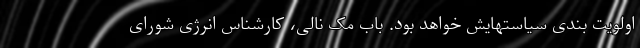
اولویت بندی سیاستهایش خواهد بود. باب مک نالی، کارشناس انرژی شورای